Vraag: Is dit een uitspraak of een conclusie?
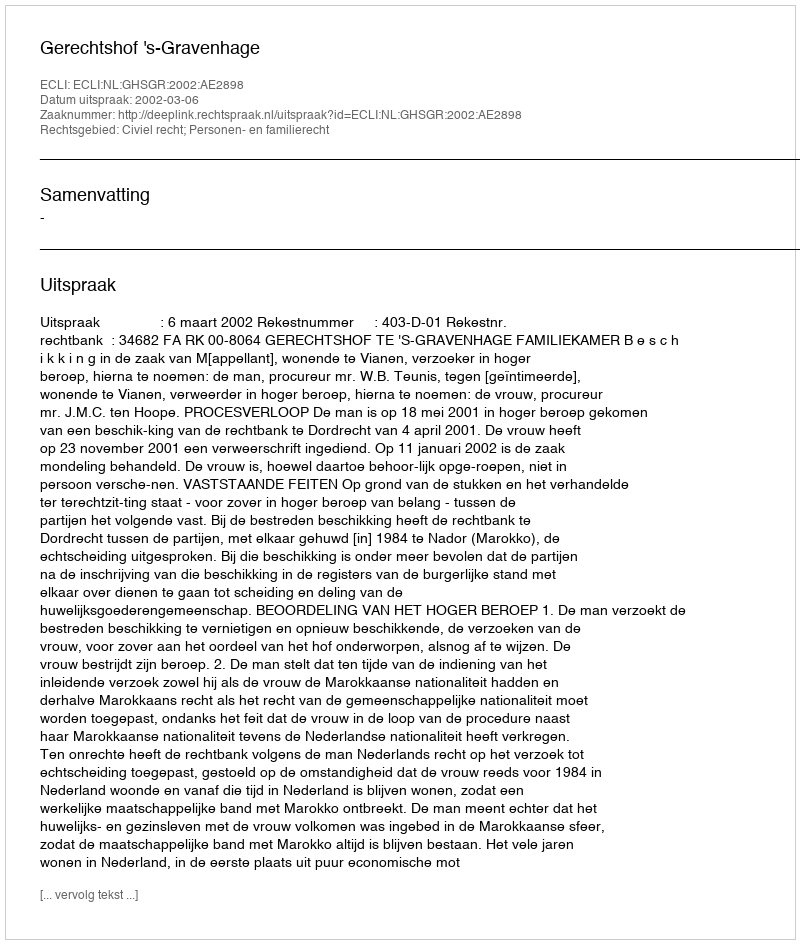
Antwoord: Uitspraak